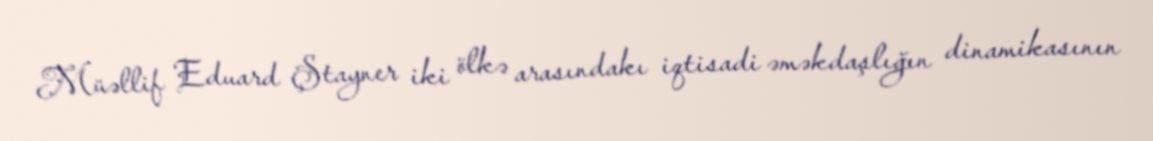
Müəllif Eduard Ştayner iki ölkə arasındakı iqtisadi əməkdaşlığın dinamikasının